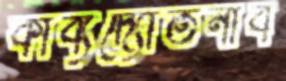
কাব্যদ্যোতনাব